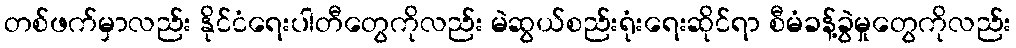
တစ်ဖက်မှာလည်း နိုင်ငံရေးပါတီတွေကိုလည်း မဲဆွယ်စည်းရုံးရေးဆိုင်ရာ စီမံခန့်ခွဲမှုတွေကိုလည်း